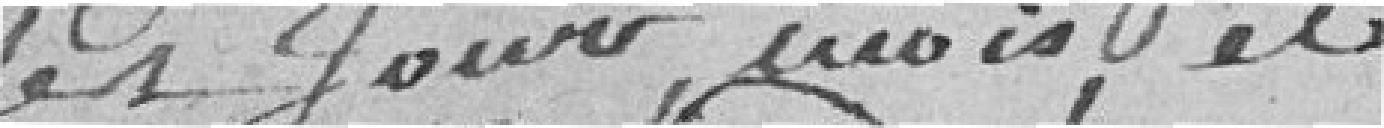
Les Jours, mois, et